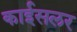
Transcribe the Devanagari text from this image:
काईसलर